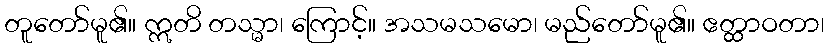
တူတော်မူ၏။ ဣတိ တသ္မာ၊ ကြောင့်။ အသမသမော၊ မည်တော်မူ၏။ ဧတ္ထာဝတာ၊